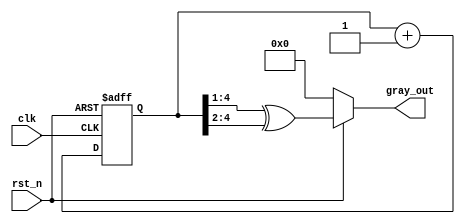
`timescale 1ns/1ns

module gray_counter(
   input   clk,
   input   rst_n,

   output  reg [3:0] gray_out
);
reg [4:0] cnt;

always @(posedge clk or negedge rst_n) begin
    if(!rst_n) cnt <= 0;
    else cnt <= cnt + 1;
end

always @(*) begin
    if(!rst_n) gray_out <= 0;
    else gray_out <= cnt[4:1] ^ (cnt[4:1] >> 1);
end

endmodule